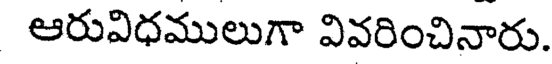
ఆరువిధములుగా వివరించినారు.